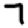
Digit: 7